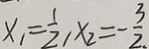
x _ { 1 } = \frac { 1 } { 2 } , x _ { 2 } = - \frac { 3 } { 2 }